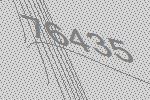
76435